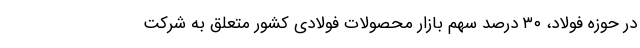
در حوزه فولاد، ۳۰ درصد سهم بازار محصولات فولادی کشور متعلق به شرکت